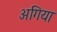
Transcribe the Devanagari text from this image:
अगिया